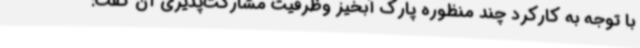
با توجه به کارکرد چند منظوره پارک آبخیز وظرفیت مشارکت‌پذیری آن گفت: